Lunatic asylums United Provinces 1899-1908 - 1899-1908
Year: 1899
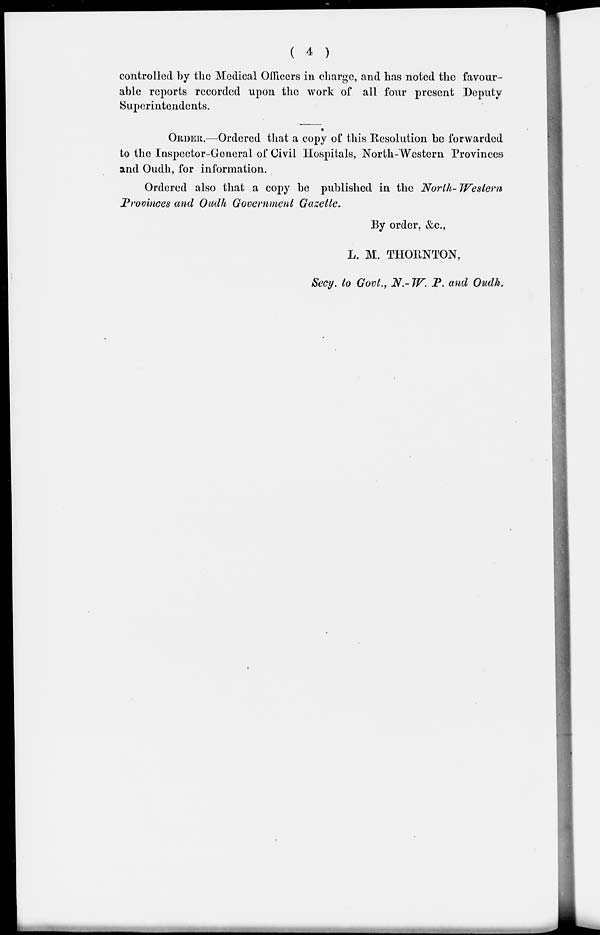
( 4 )
controlled by the Medical Officers in charge, and has noted the favour-
able reports recorded upon the work of all four present Deputy
Superintendents.
ORDER.—Ordered that a copy of this Resolution be forwarded
to the Inspector-General of Civil Hospitals, North-Western Provinces
and Oudh, for information.
Ordered also that a copy be published in the North- Western
Provinces and Oudh Government Gazette.
By order, &c.,
L. M. THORNTON ,
Secy. to Govt., N.-W. P. and Oudh.